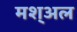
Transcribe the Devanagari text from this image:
मश्अल